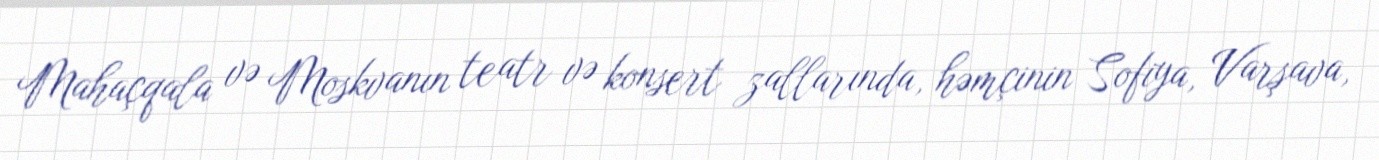
Mahaçqala və Moskvanın teatr və konsert zallarında, həmçinin Sofiya, Varşava,